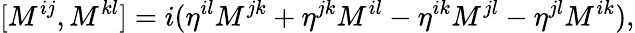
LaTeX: [M^{ij},M^{kl}]=i(\eta^{il}M^{jk}+\eta^{jk}M^{il}-\eta^{ik}M^{jl}-\eta^{jl}M^{ik}),